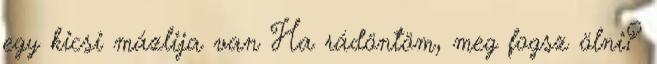
egy kicsi mázlija van Ha rádöntöm, meg fogsz ölni?